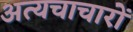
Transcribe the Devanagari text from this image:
अत्यचाचारों